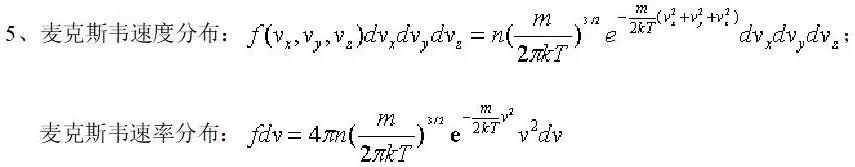
5、麦克斯韦速度分布：$f(v_x,v_y,v_z)dv_xdv_ydv_z = n\left(\frac{m}{2\pi k T}\right)^{3/2} e^{-\frac{m}{2kT}(v_x^2 + v_y^2 + v_z^2)} dv_xdv_ydv_z$；

麦克斯韦速率分布：$f dv = 4\pi n\left(\frac{m}{2\pi k T}\right)^{3/2} e^{-\frac{m}{2kT}v^2} v^2 dv$